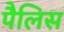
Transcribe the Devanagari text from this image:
पैलिस